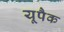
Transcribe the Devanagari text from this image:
यूपैक